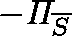
- \mathit { \Pi } _ { \overline { { S } } }